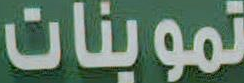
تموينات